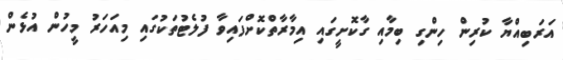
އަރަބިއްޔާ ކުރިން ހިންގި ބިމާއި ގާކޮށީގައި އިމާރާތްކޮށްފައިވާ ފުލެޓުތަކުގައި މިއަހަރު މީހުން އުޅެން